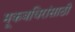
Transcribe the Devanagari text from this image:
मूकबधिरांसाठी